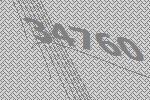
34760